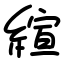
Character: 縇